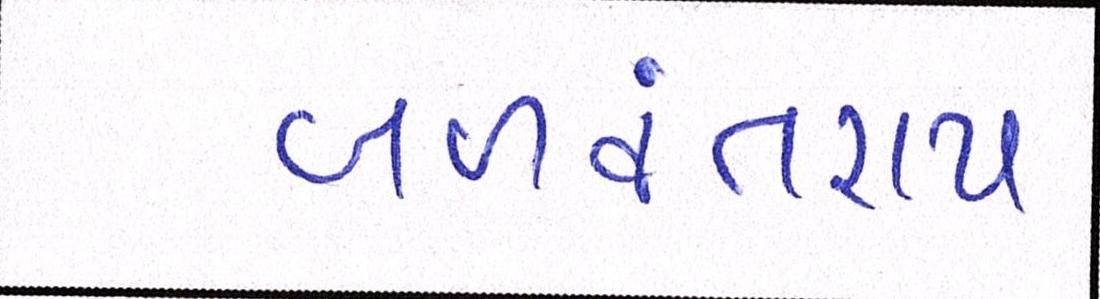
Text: બળવંતરાય